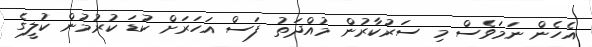
އެހެން ނަމަވެސް މި ސަރުކާރުން މުއްދަތު ފަސް އަހަރަށް ކުޑަ ކުރުމުން ކުލީގެ